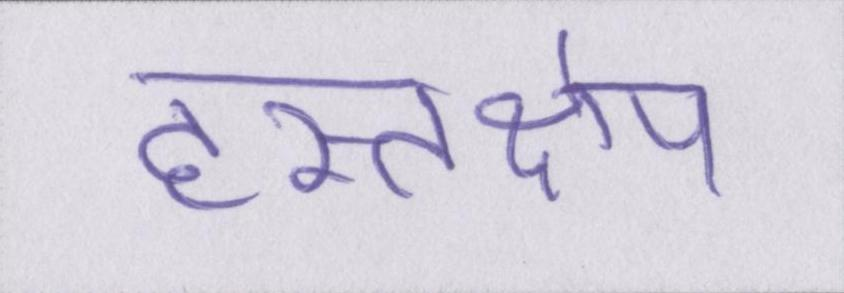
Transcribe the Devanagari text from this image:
हस्तक्षेप